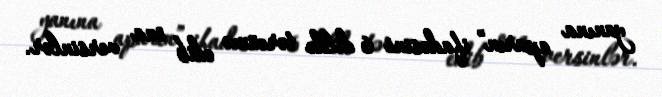
yanına aparın” ifadəsini 6 dildə tərcümə edib ona versinlər.